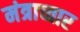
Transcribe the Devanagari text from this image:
मंत्राच्चार